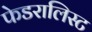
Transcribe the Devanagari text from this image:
फेडरालिस्ट